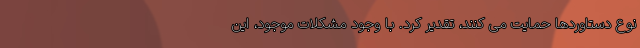
نوع دستاوردها حمایت می کنند، تقدیر کرد. با وجود مشکلات موجود، این